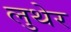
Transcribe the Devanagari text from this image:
लुथेर